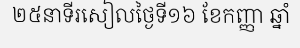
២៥នាទីរសៀលថ្ងៃទី១៦ ខែកញ្ញា ឆ្នាំ